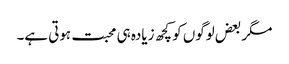
مگر بعض لوگوں کو کچھ زیادہ ہی محبت ہوتی ہے۔